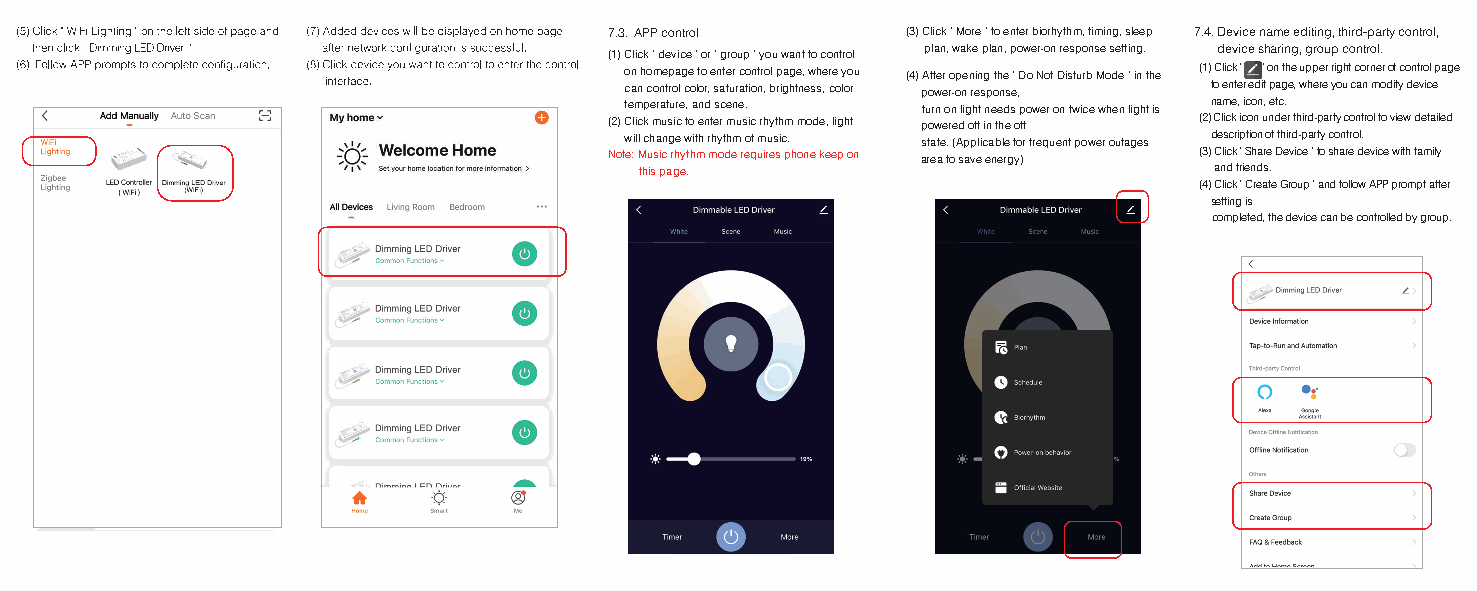
7.3. APP control    (3) Click " More " to enter biorhythm, timing, sleep 7.4. Device name editing, third-party control,
 plan, wake plan, power-on response setting. device sharing, group control.
 (1) Click " device " or " group " you want to control
 on homepage to enter control page, where you (4) After opening the " Do Not Disturb Mode " in the (1) Click " " on the upper right corner of control page
 can control color, saturation, brightness, color power-on response, to enter edit page, where you can modify device
 temperature, and scene. turn on light needs power on twice when light is name, icon, etc.
 (2) Click music to enter music rhythm mode, light powered off in the off (2) Click icon under third-party control to view detailed
 will change with rhythm of music. state. (Applicable for frequent power outages description of third-party control.
 Note: Music rhythm mode requires phone keep on area to save energy) (3) Click " Share Device " to share device with family
 this page.                            and friends.
 (4) Click " Create Group " and follow APP prompt after
 setting is
 completed, the device can be controlled by group.